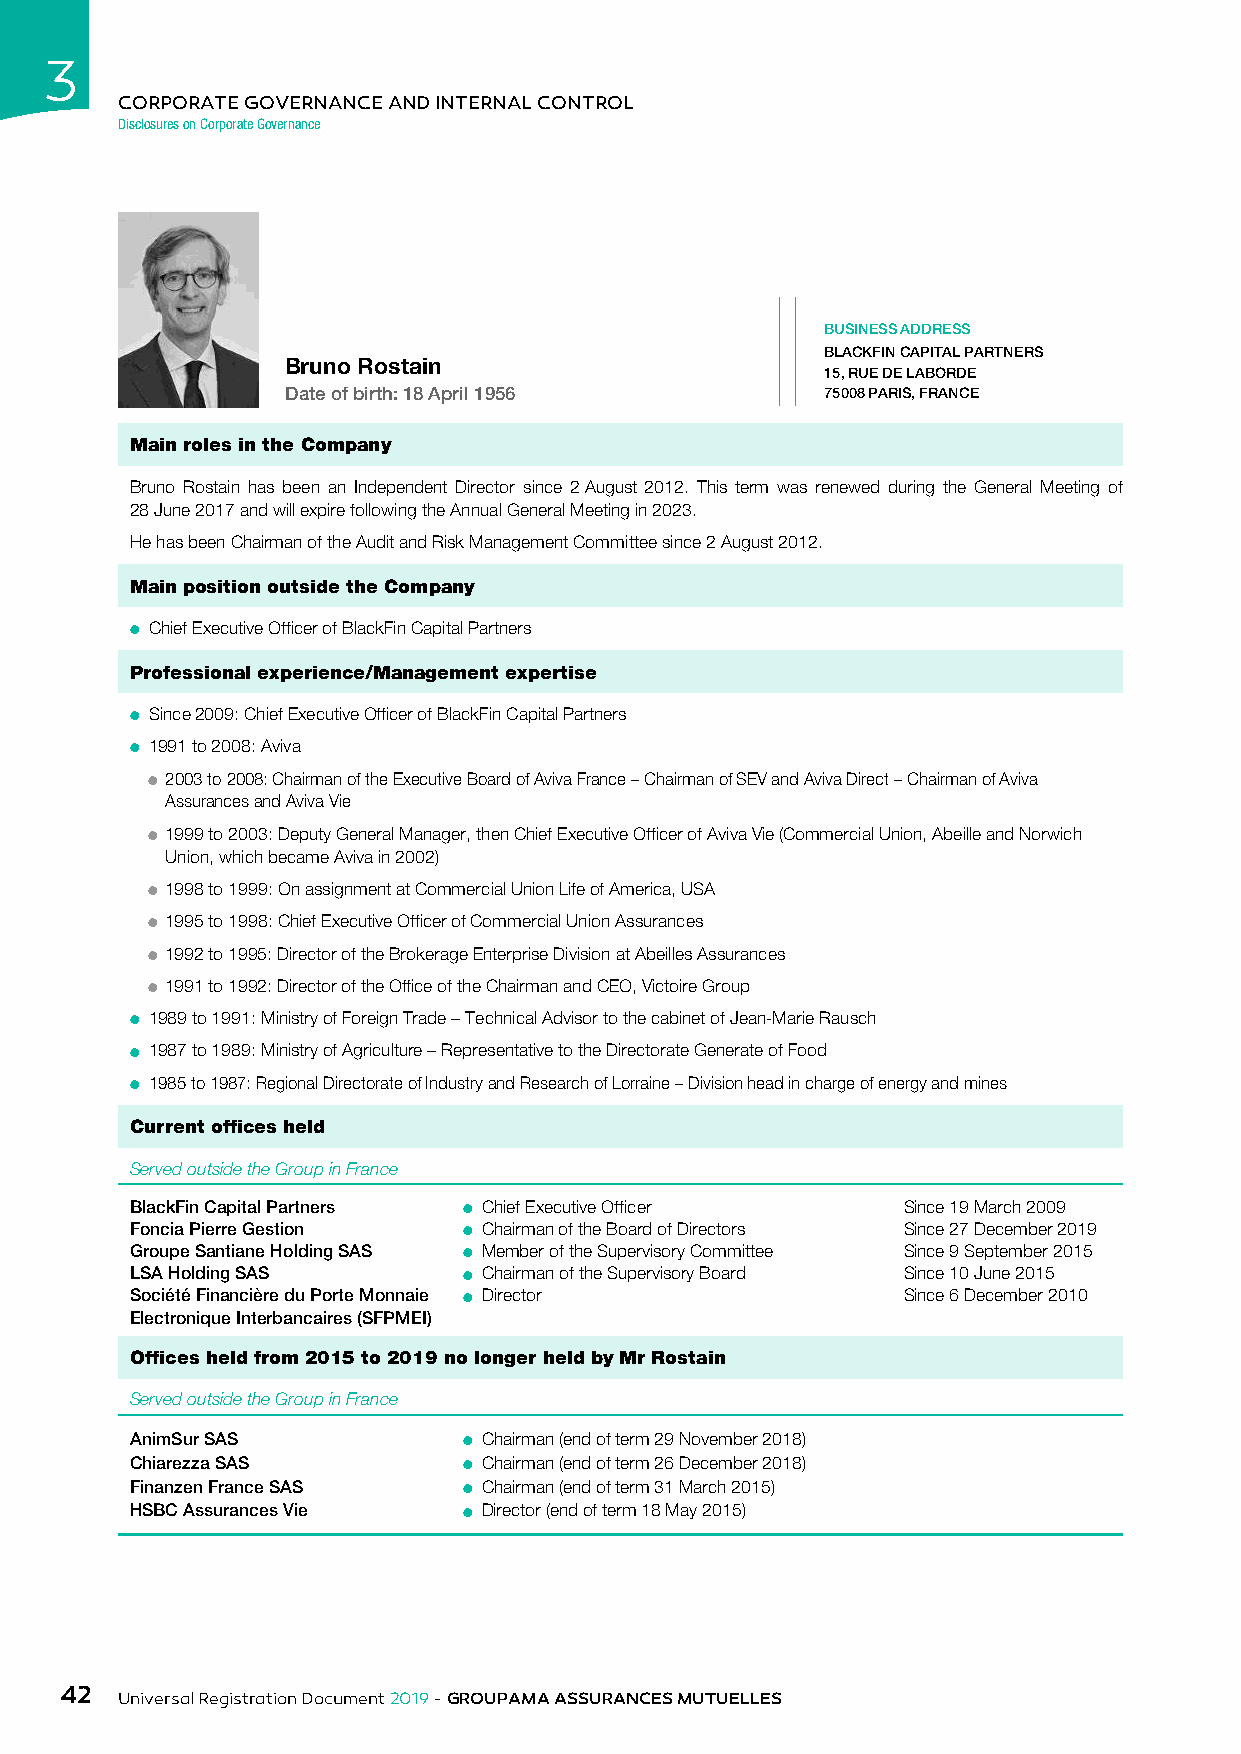
3
 CORPORATE GOVERNANCE AND INTERNAL CONTROL
 Disclosures on Corporate Governance
 BUSINESS ADDRESS
 BLACKFIN CAPITAL PARTNERS
 Bruno Rostain
 15, RUE DE LABORDE
 Date of birth: 18 April 1956        75008 PARIS, FRANCE
 Main roles in the Company
 Bruno Rostain has been an Independent Director since 2 August 2012. This term was renewed during the General Meeting of
 28 June 2017 and will expire following the Annual General Meeting in 2023.
 He has been Chairman of the Audit and Risk Management Committee since 2 August 2012.
 Main position outside the Company
 ● Chief Executive Officer of BlackFin Capital Partners
 Professional experience/Management expertise
 ● Since 2009: Chief Executive Officer of BlackFin Capital Partners
 ● 1991 to 2008: Aviva
 ● 2003 to 2008: Chairman of the Executive Board of Aviva France – Chairman of SEV and Aviva Direct – Chairman of Aviva
 Assurances and Aviva Vie
 ● 1999 to 2003: Deputy General Manager, then Chief Executive Officer of Aviva Vie (Commercial Union, Abeille and Norwich
 Union, which became Aviva in 2002)
 ● 1998 to 1999: On assignment at Commercial Union Life of America, USA
 ● 1995 to 1998: Chief Executive Officer of Commercial Union Assurances
 ● 1992 to 1995: Director of the Brokerage Enterprise Division at Abeilles Assurances
 ● 1991 to 1992: Director of the Office of the Chairman and CEO, Victoire Group
 ● 1989 to 1991: Ministry of Foreign Trade – Technical Advisor to the cabinet of Jean-Marie Rausch
 ● 1987 to 1989: Ministry of Agriculture – Representative to the Directorate Generate of Food
 ● 1985 to 1987: Regional Directorate of Industry and Research of Lorraine – Division head in charge of energy and mines
 Current offices held
 Served outside the Group in France
 BlackFin Capital Partners ● Chief Executive Officer Since 19 March 2009
 Foncia Pierre Gestion ● Chairman of the Board of Directors Since 27 December 2019
 Groupe Santiane Holding SAS ● Member of the Supervisory Committee Since 9 September 2015
 LSA Holding SAS       ● Chairman of the Supervisory Board Since 10 June 2015
 Société Financière du Porte Monnaie ● Director     Since 6 December 2010
 Electronique Interbancaires (SFPMEI)
 Offices held from 2015 to 2019 no longer held by Mr Rostain
 Served outside the Group in France
 AnimSur SAS           ● Chairman (end of term 29 November 2018)
 Chiarezza SAS         ● Chairman (end of term 26 December 2018)
 Finanzen France SAS   ● Chairman (end of term 31 March 2015)
 HSBC Assurances Vie   ● Director (end of term 18 May 2015)
 42
 Universal Registration Document 2019 - GROUPAMA ASSURANCES MUTUELLES